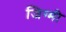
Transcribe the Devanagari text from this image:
जिग्मी